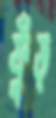
ফুঁড়